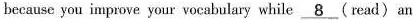
because you improve your vocabulary while \underline{8} (read) an